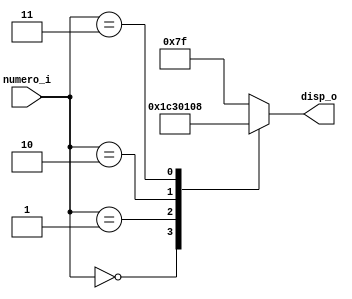
module display7 (
	input			[3:0]	numero_i,
	output reg 	[6:0] disp_o
);

	always @(numero_i)
	begin
		case (numero_i)
			4'h0:
				disp_o = 7'b0001110; // F
			4'h1:
				disp_o = 7'b0001100; // P
			4'h2:
				disp_o = 7'b0000010; // G
			4'h3:
				disp_o = 7'b0001000; // A
			default:
				disp_o = 7'b1111111; // Todos apagados
		endcase
	end

endmodule